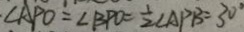
\angle A P O = \angle B P O = \frac { 1 } { 2 } \angle A P B = 3 0 ^ { \circ }